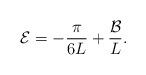
LaTeX: \begin{align*}\mathcal{E} = -\frac{\pi}{6L}+\frac{\mathcal{B}}{L}.\end{align*}